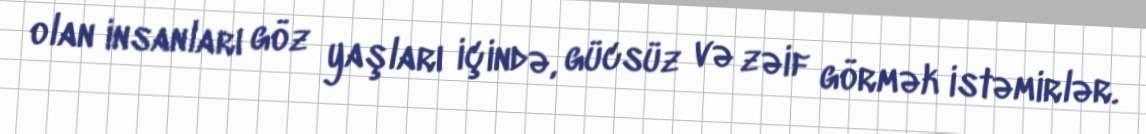
olan insanları göz yaşları içində, gücsüz və zəif görmək istəmirlər.